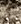
كما